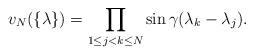
LaTeX: \begin{align*}v_N(\{\lambda\})= \prod_{1 \leq j < k \leq N}\sin \gamma (\lambda_k - \lambda_j).\end{align*}